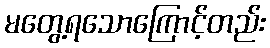
မတွေ့ရသောကြောင့်တည်း